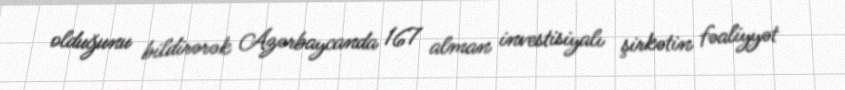
olduğunu bildirərək Azərbaycanda 167 alman investisiyalı şirkətin fəaliyyət